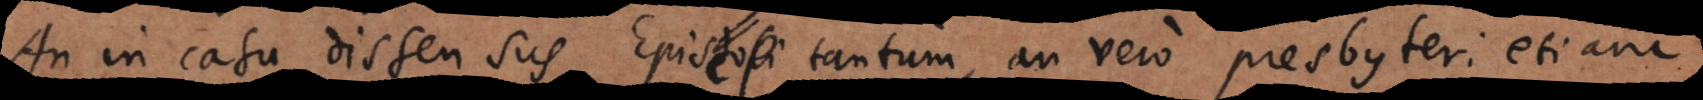
An in casu dissensus Episcopi tantum, an vero presbyteri etiam,